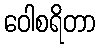
ဝေါစရိတာ